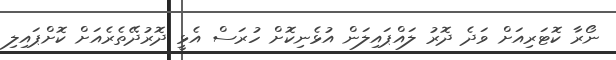
ނޯރާ ކޮޓަރިއަށް ވަދެ ދޮރު ލައްޕައިލަން އުޅެނިކޮށް ހުރަސް އެޅީ ދޮރުދޭތެރެއަށް ކޮށްޕައިލި